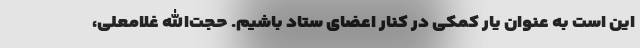
این است به عنوان یار کمکی در کنار اعضای ستاد باشیم. حجت‌الله غلامعلی،